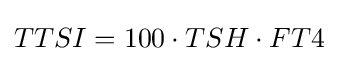
TTSI={100\cdot TSH\cdot FT4}